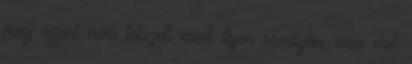
meg azért nem tetszett mert ilyen semilyen, nem volt